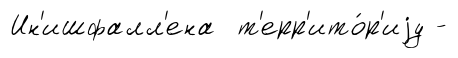
Ин'ишфалл'ена т'ерр'ито́р'иjу -